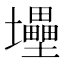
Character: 𡔁